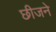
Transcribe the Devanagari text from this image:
छीजने